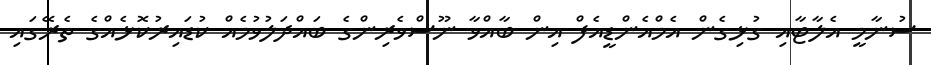
ސުނާމީ އެލާޓާއި ގުޅިގެން އެމްއެންޑީއެފް އިން ބާއްވާ ނޫސްވެރިންގެ ބައްދަލުވުމެއް ކުޑައިރުކޮޅެއްގެ ތެރޭގައި